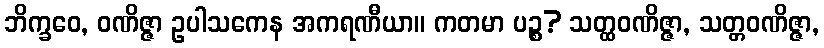
ဘိက္ခဝေ, ဝဏိဇ္ဇာ ဥပါသကေန အကရဏီယာ။ ကတမာ ပဉ္စ? သတ္ထဝဏိဇ္ဇာ, သတ္တဝဏိဇ္ဇာ,